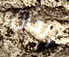
الخان